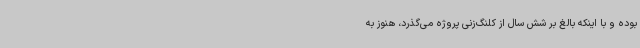
بوده و با اینکه بالغ بر شش سال از کلنگ‌زنی پروژه می‌گذرد، هنوز به